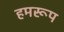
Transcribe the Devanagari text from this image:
हमरूप